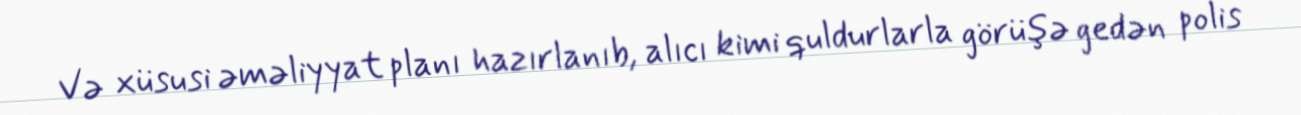
Və xüsusi əməliyyat planı hazırlanıb, alıcı kimi quldurlarla görüşə gedən polis